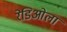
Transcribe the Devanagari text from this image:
रेडिओला